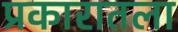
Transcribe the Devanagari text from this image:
प्रकारातला